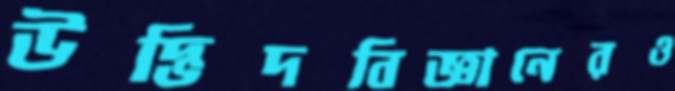
উদ্ভিদবিজ্ঞানেরও